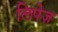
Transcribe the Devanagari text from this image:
लिपेज़